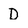
Character: D